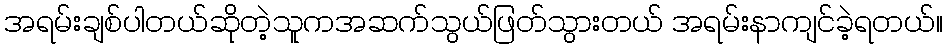
အရမ်းချစ်ပါတယ်ဆိုတဲ့သူကအဆက်သွယ်ဖြတ်သွားတယ် အရမ်းနာကျင်ခဲ့ရတယ်။